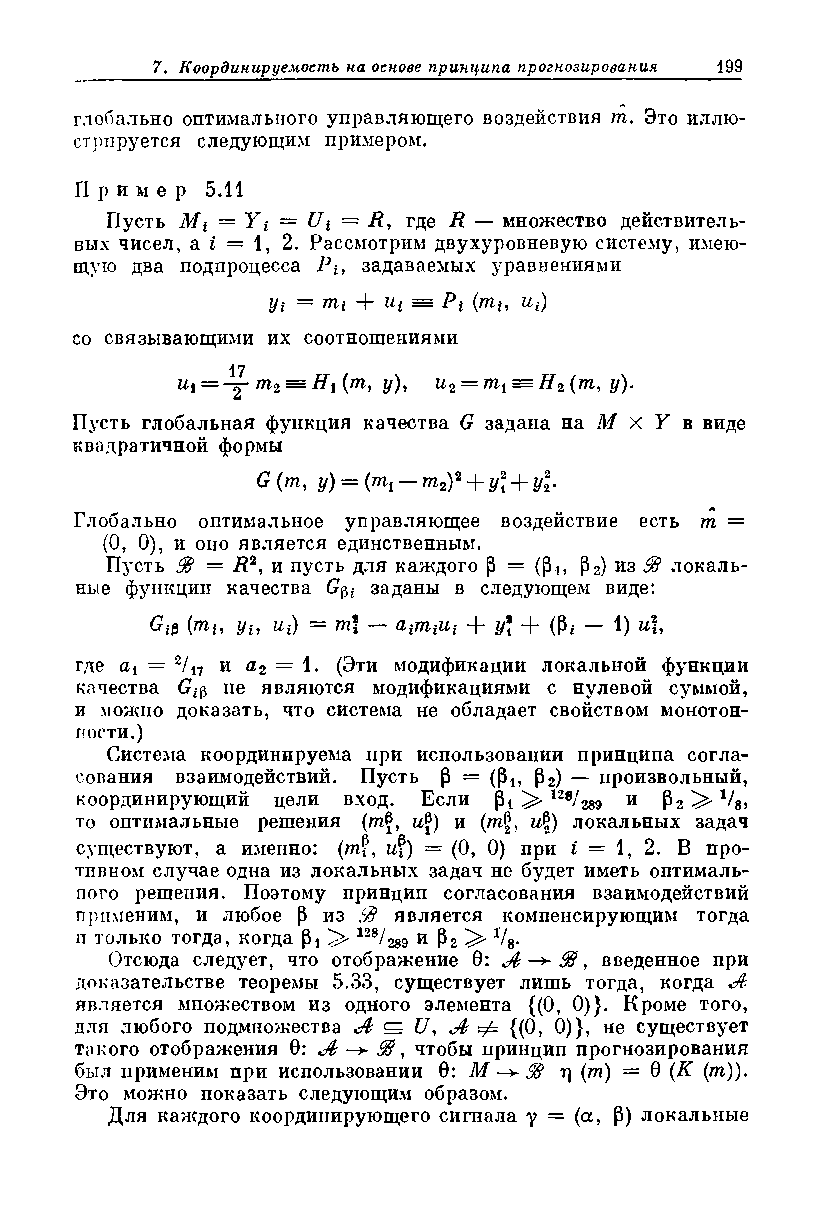
глобально оптимального управляющего воздействия т. Это иллю­
 стрируется следующим примером.
 Пр и м е р 5.11
 Пусть М% — Yi — Ui = Я, где Я — множество действитель­
 ных чисел, a i = 1, 2. Рассмотрим двухуровневую систему, имею­
 щую два подпроцесса Я*, задаваемых уравнениями
 Vi frif l^i Pi (А71г*, Ui)
 со связывающими их соотношениями
 17
 щ = -у т2 = Я| (т, у), гг2 = /тг1 = Я2(т, у).
 Пусть глобальная функция качества G задана на М X У в виде
 квадратичной формы
 G (т, у) —- (т, — т2)2 + у\ + у\.
 Глобально оптимальное управляющее воздействие есть т =
 (О, 0), и оно является единственным.
 Пусть ЗВ = Я2, и пусть для каждого Р = (Pi* Рг) из SB локаль­
 ные функции качества заданы в следующем виде:
 Gift  Viy ^i)   Q'iffliU'i “р yi “р (Pi 1)
 где а4 = 2/п и а2 — 1- (Эти модификации локальной функции
 качества G не являются модификациями с нулевой суммой,
 и можно доказать, что система не обладает свойством монотон­
 ности.)
 Система координируема при использовании принципа согла­
 сования взаимодействий. Пусть р = (Р1? р2) — произвольный,
 координирующий цели вход. Если Pi 128/289 и Рг */8,
 то оптимальные решения (т£, и (т\, и$) локальных задач
 существуют, а именно: (mf, 1$) = (0, 0) при i = 1, 2. В про-
 тивном случае одна из локальных задач не будет иметь оптималь­
 ного решения. Поэтому принцип согласования взаимодействий
 применим, и любое р из 33 является компенсирующим тогда
 п только тогда, когда Pi 128/ш и Р2 ^ XU-
 Отсюда следует, что отображение 0: А — 33, введенное при
 доказательстве теоремы 5.33, существует лишь тогда, когда А
 является множеством из одного элемента {(0, 0)}. Кроме того,
 для любого подмножества A ^ U А Ф {(0, 0)}, не существует
 такого отображения 0: А S3, чтобы принцип прогнозирования
 был применим при использовании 0: М S3 т) (т) — в (К (т)).
 Это можно показать следующим образом.
 Для каждого координирующего сигнала у = (а, Р) локальные